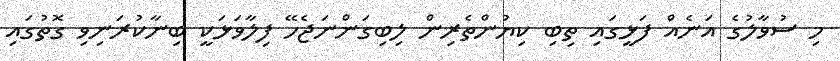
މި ސުވާލުގެ އަނެއް ފަޅީގައި ތިބި ކިޔުންތެރިން ލިބިގަންނަޖެހޭ ފިލާވަޅަކީ ބިނާކުރަނިވި ގޮތުގައި